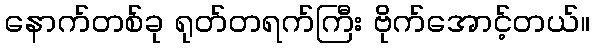
နောက်တစ်ခု ရုတ်တရက်ကြီး ဗိုက်အောင့်တယ်။